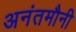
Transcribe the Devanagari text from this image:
अनंतमौनी